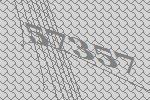
57357